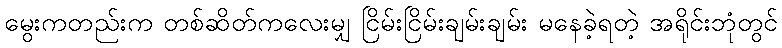
မွေးကတည်းက တစ်ဆိတ်ကလေးမျှ ငြိမ်းငြိမ်းချမ်းချမ်း မနေခဲ့ရတဲ့ အရိုင်းဘုံတွင်